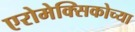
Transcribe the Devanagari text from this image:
एरोमेक्सिकोच्या